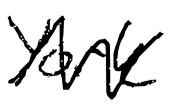
Text: York
Cross-out: zig-zag
Writing tool: digital_black